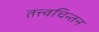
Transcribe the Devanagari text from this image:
तत्त्वचिन्तन